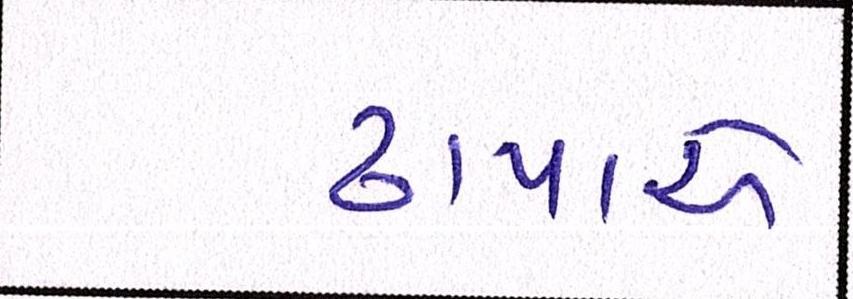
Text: ઢાપાએ